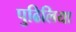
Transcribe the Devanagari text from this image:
पुढिलिया